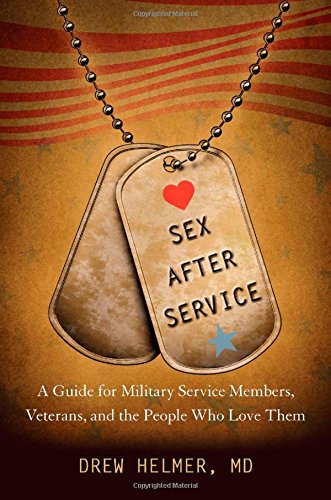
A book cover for Sex after Service: A Guide for Military Service Members, Veterans, and the People Who Love Them; Drew A. Helmer; Parenting & Relationships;